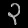
Digit: ၃